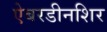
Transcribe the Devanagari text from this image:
ऐबरडीनशिर